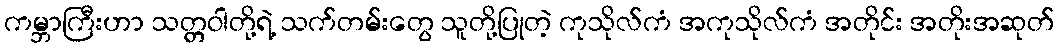
ကမ္ဘာကြီးဟာ သတ္တဝါတို့ရဲ့ သက်တမ်းတွေ သူတို့ပြုတဲ့ ကုသိုလ်ကံ အကုသိုလ်ကံ အတိုင်း အတိုးအဆုတ်